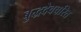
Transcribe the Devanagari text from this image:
बुद्धदेवचरित